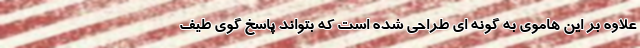
علاوه بر این هاموی به گونه ای طراحی شده است که بتواند پاسخ گوی طیف